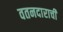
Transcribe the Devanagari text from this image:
वतनदाराची